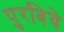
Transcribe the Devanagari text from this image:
पुरबिये